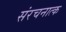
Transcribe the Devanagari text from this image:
संरचनात्क